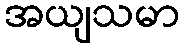
အယျသမာ